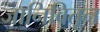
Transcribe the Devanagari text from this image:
जानिवितून